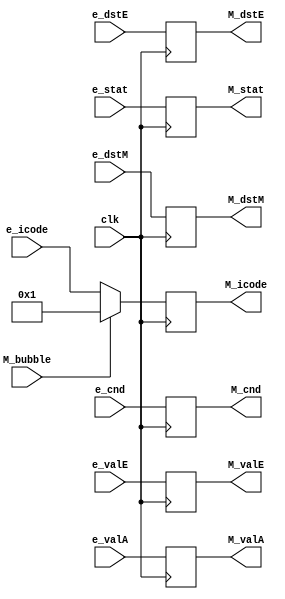
module m_reg(clk, e_stat, M_stat, e_icode, M_icode, e_cnd, M_cnd, e_valE, M_valE, e_valA, M_valA, e_dstE, M_dstE, e_dstM, M_dstM,M_bubble);

input clk,M_bubble;
input  e_cnd;
input [3:0] e_stat;
input [63:0] e_valE, e_valA;
input [3:0] e_icode, e_dstE, e_dstM;

output reg M_cnd;
output reg [63:0] M_valE, M_valA;
output reg [3:0] M_stat, M_icode, M_dstE, M_dstM; 

always@(posedge clk)
    begin
        if(!M_bubble)begin
            M_icode <= e_icode;
        end
        else
            M_icode <= 4'b1;
            
        M_stat <= e_stat;
        M_cnd <= e_cnd;
        M_valE <= e_valE;
        M_valA <= e_valA;
        M_dstE <= e_dstE;
        M_dstM <= e_dstM;
    end
    
endmodule